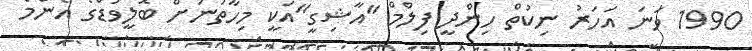
1990 ވަނަ އަހަރު ނިކުތް ހިންދީ ފިލްމް "އާޝިގީ"އަކީ މިހާތަނަށް ބޮލީވުޑްގެ އެންމެ